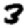
Digit: 3